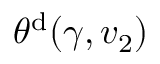
\theta ^ { \mathrm { { d } } } ( \gamma , v _ { 2 } )